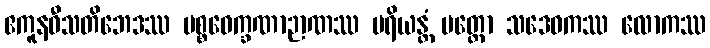
ဧကူနဝီသတိဘေဒဿ ပစ္စဝေက္ခဏာဉာဏဿ ပရိယန္တံ ပတ္တော သဒေဝကဿ လောကဿ